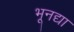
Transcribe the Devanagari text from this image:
भूनद्या